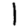
Digit: 1